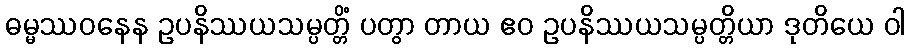
ဓမ္မဿဝနေန ဥပနိဿယသမ္ပတ္တိံ ပတွာ တာယ ဧဝ ဥပနိဿယသမ္ပတ္တိယာ ဒုတိယေ ဝါ